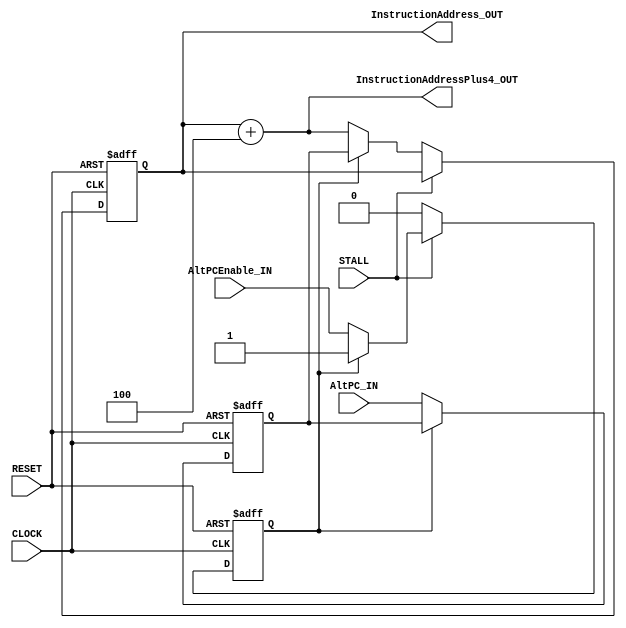
module IF(

	//MODULE INPUTS
		
		//SYSTEM --> IF
		input CLOCK,	
		input RESET,		
		input STALL,

		//ID --> IF
		input [31:0] 	AltPC_IN,
		input 		AltPCEnable_IN,

	//MODULE OUTPUTS
	
		//IF --> IF/ID
		output [31:0] 	InstructionAddressPlus4_OUT,
		
		//IF --> IM
		output [31:0] 	InstructionAddress_OUT

);

reg [31:0] 	ProgramCounter/*verilator public*/;

reg		BranchEnable;
reg [31:0] 	BranchTarget;

wire [31:0] 	IncrementAmount = 32'd4;

assign 		InstructionAddressPlus4_OUT 	= ProgramCounter + IncrementAmount;
assign 		InstructionAddress_OUT 		= ProgramCounter;

//WHEN CLOCK RISES OR RESET FALLS
always @(posedge CLOCK or negedge RESET) begin

	//IF RESET IS LOW
	if(!RESET) begin

		ProgramCounter 	<= 32'hBFC00000; /* START OF BOOT SEQUENCE */
		BranchTarget	<= 0;
		BranchEnable 	<= 0;

	//ELSE IF CLOCK IS HIGH
	end else if(CLOCK) begin

		$display("");
		$display("----- IF -----");
		$display("ProgramCounter:\t\t%x", ProgramCounter);
		$display("BranchEnable:\t\t%d", BranchEnable);
		$display("BranchTarget:\t\t%x", BranchTarget);

		//BRANCHES SHOULD BE MONITORED REGARDLESS OF STALLED STATE
		BranchTarget 	<= BranchEnable ? BranchTarget : AltPC_IN;
		BranchEnable 	<= STALL ? (BranchEnable ? 1 : AltPCEnable_IN) : 0;

		//IF THE MODULE IS NOT BEING STALLED
		if (!STALL) begin

			//SET PROGRAM COUNTER TO EITHER BRANCH OR NEXT INSTRUCTION
			ProgramCounter <= BranchEnable ? BranchTarget : InstructionAddressPlus4_OUT;

		//ELSE IF THE MODULE IS BEING STALLED
		end else if (STALL) begin

			//DO NOTHING

		end

	end

end

endmodule